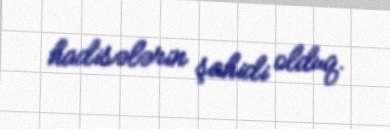
hadisələrin şahidi olduq.